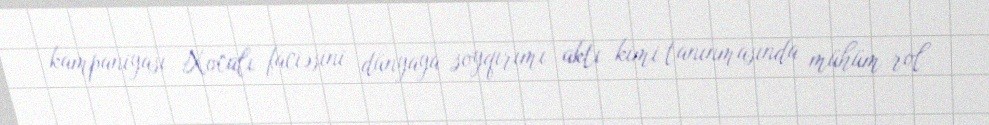
kampaniyası Xocalı faciəsini dünyaya soyqırımı aktı kimi tanınmasında mühüm rol